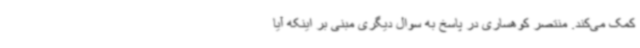
کمک می‌کند. منتصر کوهساری در پاسخ به سوال دیگری مبنی‌ بر اینکه آیا